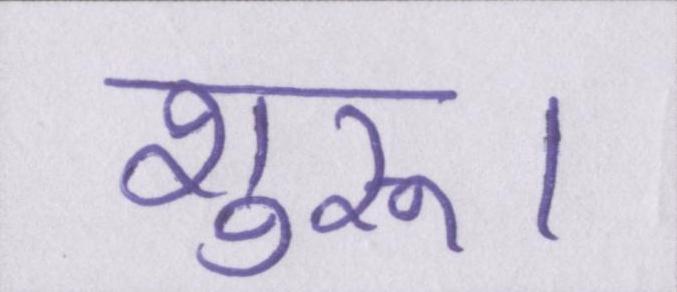
शुरू।